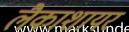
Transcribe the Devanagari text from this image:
लैकाशायर